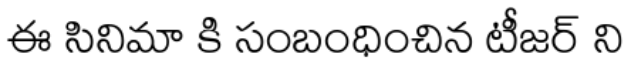
ఈ సినిమా కి సంబంధించిన టీజర్ ని